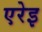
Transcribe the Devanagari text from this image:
एरेइ